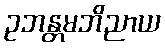
ဥဘန္တမဘိညာယ